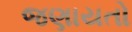
જણાયતો